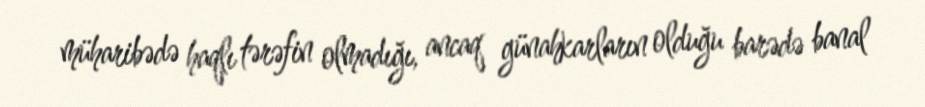
müharibədə haqlı tərəfin olmadığı, ancaq günahkarların olduğu barədə banal